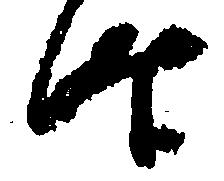
時